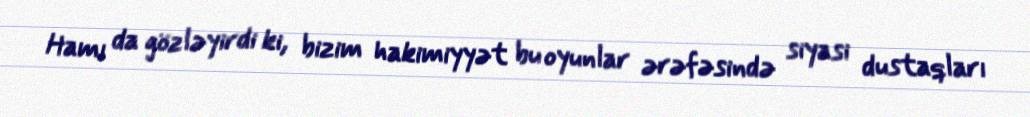
Hamı da gözləyirdi ki, bizim hakimiyyət bu oyunlar ərəfəsində siyasi dustaqları